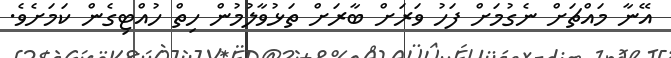
އޭނާ މައްޗަށް ނެގުމަށް ފަހު ވަރަށް ބާރަށް ތަޅުވާލުމުން ހިތް ހުއްޓިގެން ކަމަށެވެ.